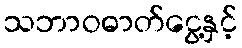
သဘာဝဓာတ်ငွေ့နှင့်